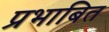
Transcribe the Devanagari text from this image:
प्रभाबित